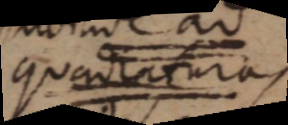
quadraturas.